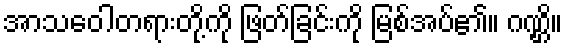
အာသဝေါတရားတို့ကို ဖြတ်ခြင်းကို မြစ်အပ်၏။ ဂဏ္ဌိ။